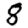
Digit: 8